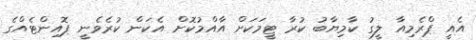
އެއީ ޕްރެމިއާ ލީގު ކާމިޔާބު ކުރާ ޓީމަކަށް އާއްމުކޮށް އެކަން ކުރެވެނީ ޕޮއިންޓެއްގެ